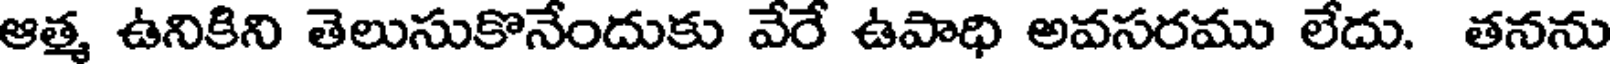
ఆత్మ ఉనికిని తెలుసుకొనేందుకు వేరే ఉపాధి అవసరము లేదు. తనను